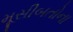
મૂસીબતોના